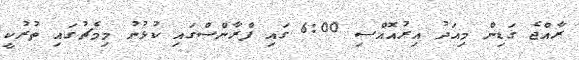
ރާއްޖެ ގަޑިން މިއަދު އިރުއޮއްސި 6:00 ގައި ފްރާންސްގައި ކުޅުނު މިމެޗުގައި ތުރުކީ